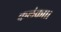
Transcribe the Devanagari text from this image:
कलंका।।